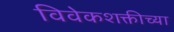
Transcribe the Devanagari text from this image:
विवेकशक्तीच्या